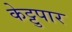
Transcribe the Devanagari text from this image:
केट्टुपार